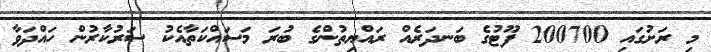
މި ރަށުގައި 200700 ފޫޓުގެ ބަނދަރެއް ރައްޔިތުންގެ ބުރަ މަސައްކަތާއެކު ސަރުކާރުން ހައްދަވާ